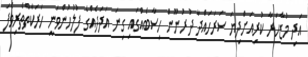
އަދި މުޒާހަރާ ކުރިއަށްދިޔަ ސަރަހައްދާ ދުރުނޫން ހިސާބެއްގައި ގިނަ އަދަދެއްގެ ފުލުހުންވަނީ ހަރަކާތްތެރިވެފަ